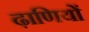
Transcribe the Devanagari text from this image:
ढ़ाणियों